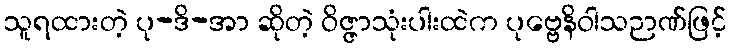
သူရထားတဲ့ ပု-ဒိ-အာ ဆိုတဲ့ ဝိဇ္ဇာသုံးပါးထဲက ပုဗ္ဗေနိဝါသဉာဏ်ဖြင့်